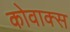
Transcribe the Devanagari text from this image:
कोवाक्स